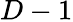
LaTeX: D-1